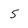
Character: 5